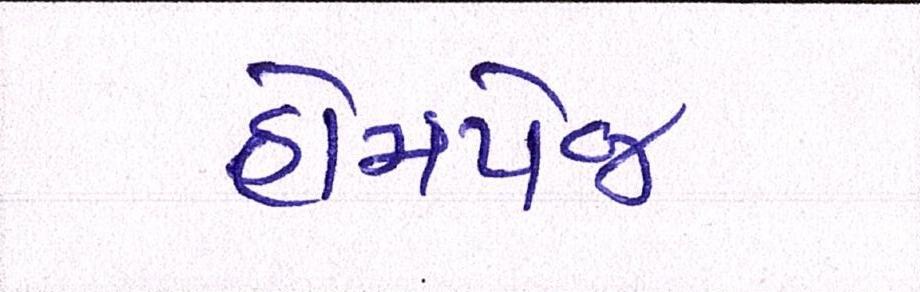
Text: હોમપેજ